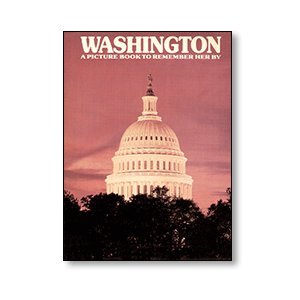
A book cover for Washington, D.C. (A Picture Book to Remember Her By); Ted Smart; Travel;